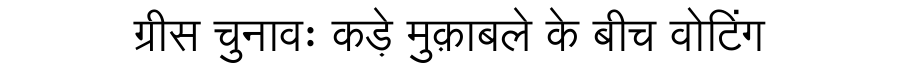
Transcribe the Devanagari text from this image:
ग्रीस चुनावः कड़े मुक़ाबले के बीच वोटिंग